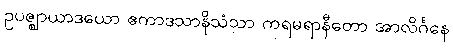
ဥပဇ္ဈာယာဒယော ဧကာဒသာနိသံသာ ကရမရာနီတော အာလိင်္ဂနေ